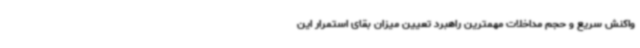
واکنش سریع و حجم مداخلات مهمترین راهبرد تعیین میزان بقای استمرار این